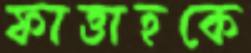
ফাত্তাহকে